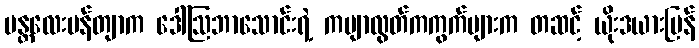
မန္တလေးပန်တျာက ဒေါ်ဩဘာသောင်းရဲ့ ကဗျာလွတ်ကကွက်များက တဆင့် ယိုးဒယားပြန်